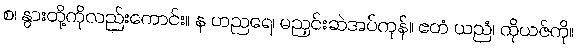
စ၊ နွားတို့ကိုလည်းကောင်း။ န ဟညရေ၊ မညှင်းဆဲအပ်ကုန်။ ဧတံ ယညံ၊ ထိုယဇ်ကို။